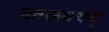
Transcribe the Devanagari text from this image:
यतस्स्वयम्